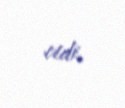
etdi.